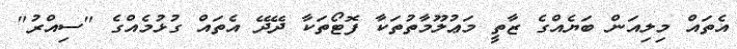
އެތައް މިލިއަން ބަޔެއްގެ ޒާތީ މަޢުލޫމާތުތަކާ ފޮޓޯތަކާ ދޭދޭ އެތައް ގުޅުމެއްގެ "ސިއްރު"